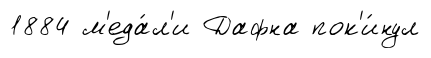
1884 м'еда́л'и Дафна пок'и́нул